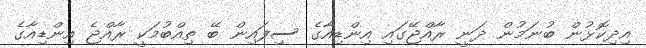
އިދިކޮޅުން ބުނަމުން ދަނީ ރާއްޖޭގައި އިންޑިއާގެ ސިފައިން ބޭ ތިއްބުމަކީ ރާއްޖެ އިންޑިއާގެ